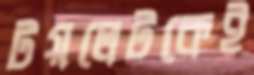
টয়লেটকেই